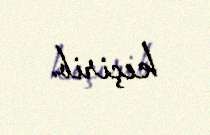
keçirib.